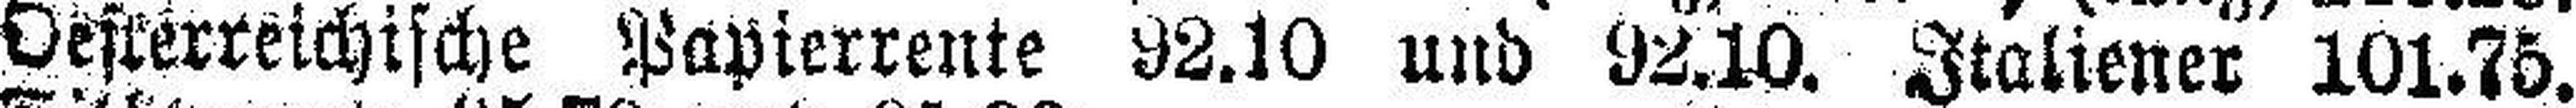
Oesterreichische Papierrente 92.10 und 92.10. Italiener 101.75.